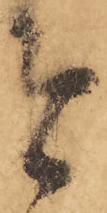
者